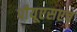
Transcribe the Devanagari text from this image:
पीयूएसएच